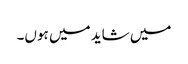
میں شاید میں ہوں۔